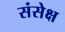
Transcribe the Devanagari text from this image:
संसेक्ष